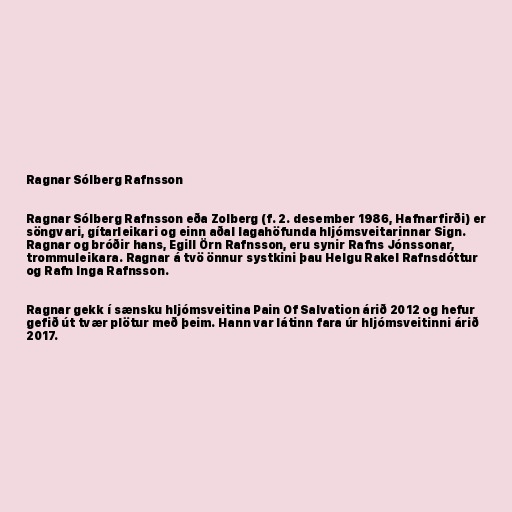
Ragnar Sólberg Rafnsson

Ragnar Sólberg Rafnsson eða Zolberg (f. 2. desember 1986, Hafnarfirði) er
söngvari, gítarleikari og einn aðal lagahöfunda hljómsveitarinnar Sign.
Ragnar og bróðir hans, Egill Örn Rafnsson, eru synir Rafns Jónssonar,
trommuleikara. Ragnar á tvö önnur systkini þau Helgu Rakel Rafnsdóttur
og Rafn Inga Rafnsson.

Ragnar gekk í sænsku hljómsveitina Pain Of Salvation árið 2012 og hefur
gefið út tvær plötur með þeim. Hann var látinn fara úr hljómsveitinni árið
2017.